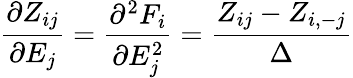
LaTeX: \frac{\partial Z_{ij}}{\partial E_{j}}=\frac{\partial^{2}F_{i}}{\partial E_{j}^{2}}=\frac{Z_{ij}-Z_{i,-j}}{\Delta}